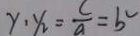
y _ { 1 } y _ { 2 } = \frac { c } { a } = b ^ { 2 }